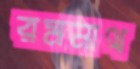
রমনাথ